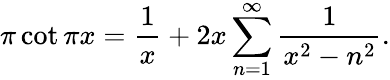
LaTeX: \pi\cot\pi x={\frac{1}{x}}+2x\sum_{n=1}^{\infty}{\frac{1}{x^{2}-n^{2}}}.